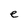
Character: e